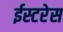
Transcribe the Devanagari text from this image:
ईस्टरेस